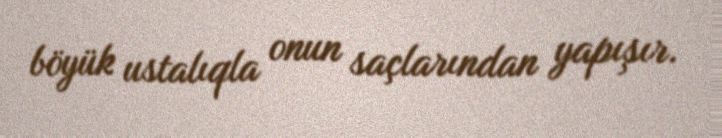
böyük ustalıqla onun saçlarından yapışır.